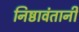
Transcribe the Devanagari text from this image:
निष्ठावंतानी